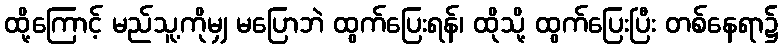
ထို့ကြောင့် မည်သူ့ကိုမျှ မပြောဘဲ ထွက်ပြေးရန်၊ ထိုသို့ ထွက်ပြေးပြီး တစ်နေရာ၌